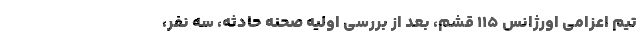
تیم اعزامی اورژانس ۱۱۵ قشم، بعد از بررسی اولیه صحنه حادثه، سه نفر،